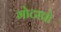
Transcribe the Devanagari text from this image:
मोटापो